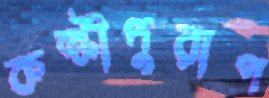
কল্কীপুরাণ